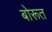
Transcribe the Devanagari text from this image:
बोरूत